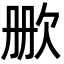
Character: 𬅡